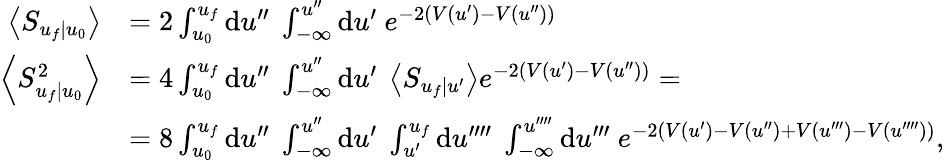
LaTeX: \begin{array}{rl}{\left\langle S_{u_{f}|u_{0}}\right\rangle}&{=2\int_{u_{0}}^{u_{f}}\mathrm{d}u^{\prime\prime}\ \int_{-\infty}^{u^{\prime\prime}}\mathrm{d}u^{\prime}\ e^{-2(V(u^{\prime})-V(u^{\prime\prime}))}}\\ {\left\langle S_{u_{f}|u_{0}}^{2}\right\rangle}&{=4\int_{u_{0}}^{u_{f}}\mathrm{d}u^{\prime\prime}\ \int_{-\infty}^{u^{\prime\prime}}\mathrm{d}u^{\prime}\ \left\langle S_{u_{f}|u^{\prime}}\right\rangle e^{-2(V(u^{\prime})-V(u^{\prime\prime}))}=}\\ &{=8\int_{u_{0}}^{u_{f}}\mathrm{d}u^{\prime\prime}\ \int_{-\infty}^{u^{\prime\prime}}\mathrm{d}u^{\prime}\ \int_{u^{\prime}}^{u_{f}}\mathrm{d}u^{\prime\prime\prime\prime}\ \int_{-\infty}^{u^{\prime\prime\prime\prime}}\mathrm{d}u^{\prime\prime\prime}\ e^{-2(V(u^{\prime})-V(u^{\prime\prime})+V(u^{\prime\prime\prime})-V(u^{\prime\prime\prime\prime}))},}\end{array}